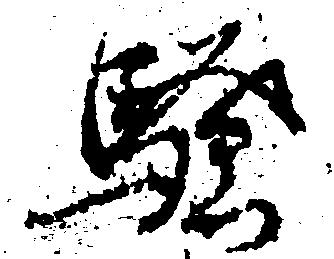
騒